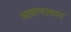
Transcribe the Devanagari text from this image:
भावाभावात